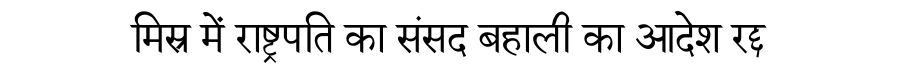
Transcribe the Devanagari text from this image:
मिस्र में राष्ट्रपति का संसद बहाली का आदेश रद्द